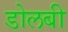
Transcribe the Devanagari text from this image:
डोलबी